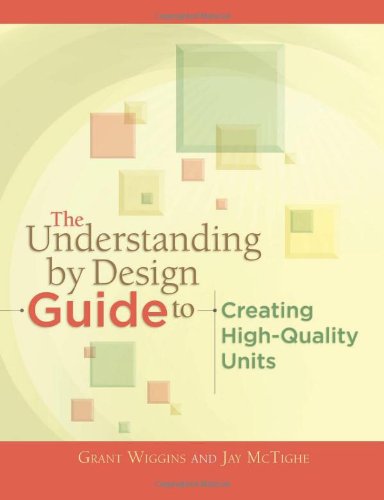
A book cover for The Understanding by Design Guide to Creating High-Quality Units; Grant Wiggins; Education & Teaching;